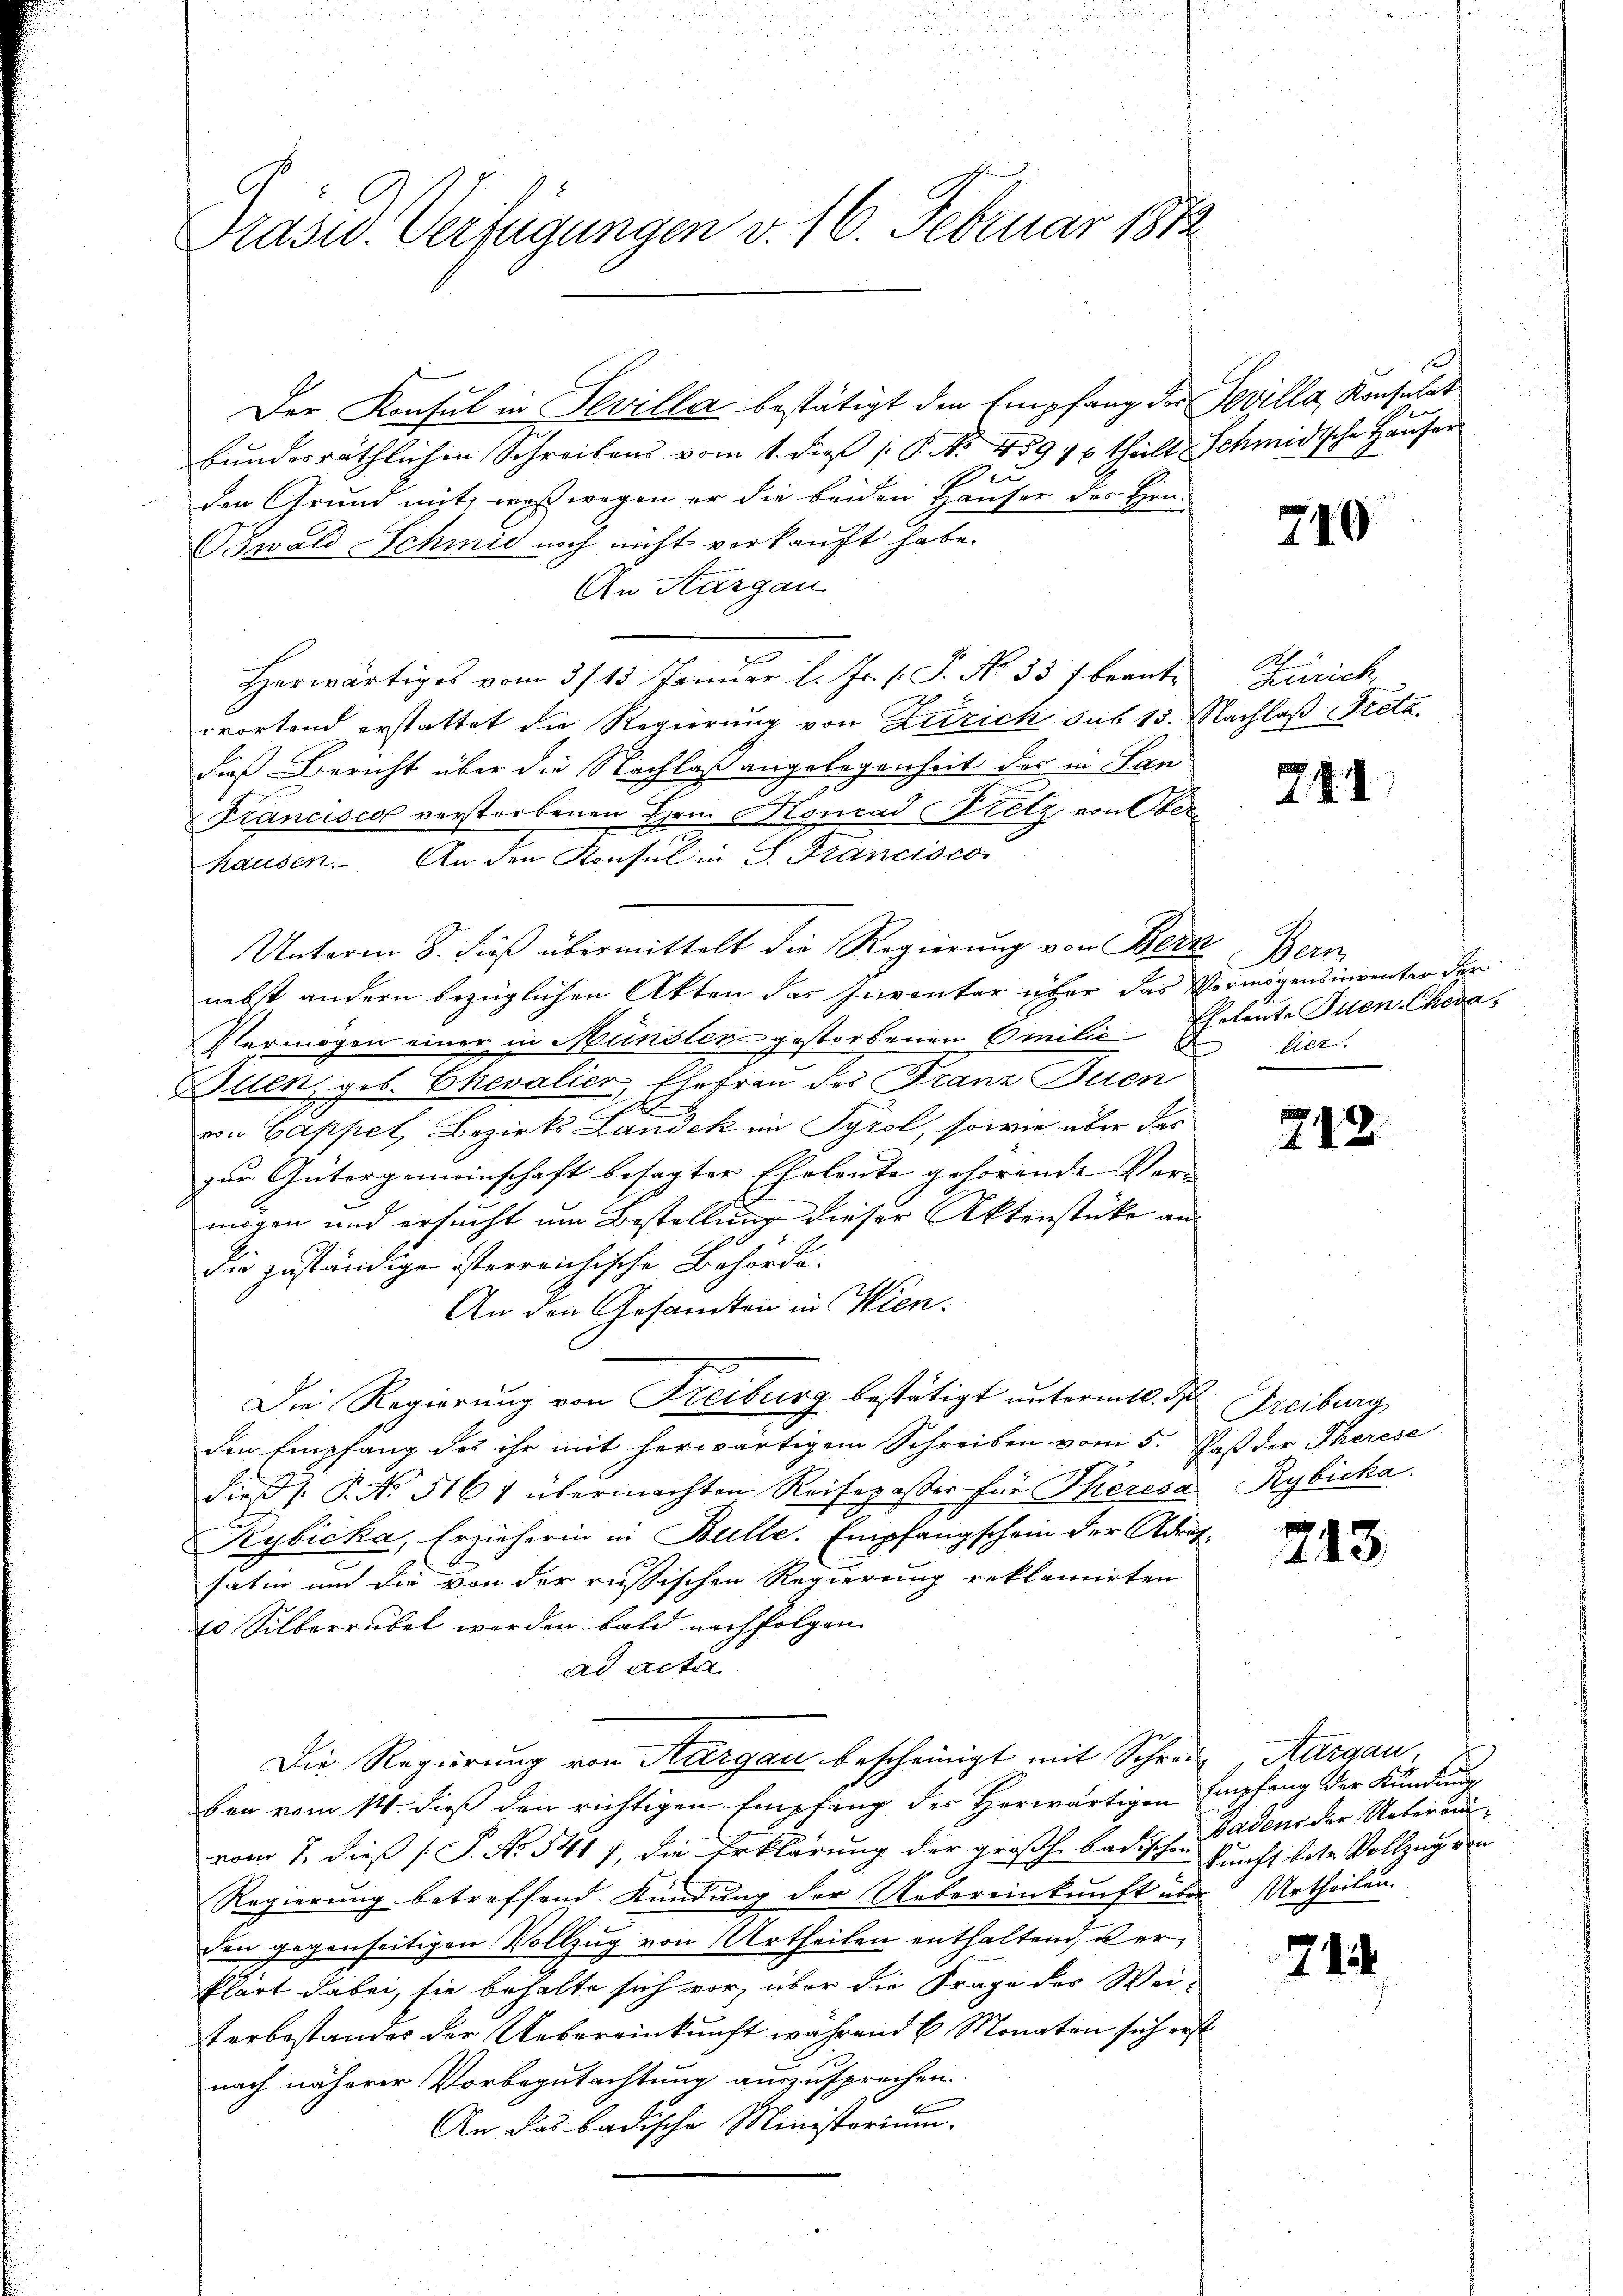
Präsid. Verfügungen v. 16. Februar 1812

Der Konsul in Sevilla bestätigt der Empfang der Bevilla, Konsulat
bŭndesräthlichen Schreibens vom 1. dieβ (: P. No. 459 16 theilt Schmidtsche Haŭser
den Grund mit, was wegen er die beiden Hauser des Hin¬
Swald Schmid noch nicht verkauft habe.
An Aargau
Herwärtiges vom 315. Januar l. Js. s. S. Nr. 357 beantwortend erstattet die Regierung von Zürich sub 15. Nachlaß Preta
dieß Bericht über die Nachlaß angelegenheit der in Lan¬
Franciscol verstorbenen Hrn. Konrad Bretz von Oberhausen. An den Konsul in S. Francisco
Unterm 8. dieß übermittelt die Regierung von Bern Bern
nebst andern bezüglichen Akten das Inventar über das Vermögensinventar der
Vermögen einer in Münstes gestorbenen Emilie Eheleute Inen Cheva¬
Blenz geb. Chevalier, Ehefrau der Franz Puen
von Cappel, Bezirks Landek im Tyrol, sowie über das
zur Gütergemeinschaft besagter Eheleute gehörende Ver-
mögen und ersucht um Bestellung dieser Aktenstücke an
die zuständige österreichische Behörde.
An den Gesandten in Wien.
Die Regierung von Freiburg bestätigt unterm 10. d. Freiburg
den Empfang des ihr mit herwärtigem Schreiben vom 5. Daß der Therese
diess. P. No 5164 übermachten Reisepasser für Theresa Rybicka
Kybicka, Erzieherin in Bulle. Empfangschein der Adres
satin und die von der russischen Regierung reklamirten
20 Silberrubel werden bald nachfolgen.
ad acta
Die Regierung von Aargau bescheinigt mit Schreiz, Aargau,
ben vom 14. dieß den richtigen Empfang des Herwärtigen
vom 7. dieß [S. No. 5417, die Erklärung der großh. badische Gadens der Ueber aus¬
Regierung betreffend Kündung der Uebereinkunft über Urtheilen.
in gegenseitigen Vollzug von Urtheilen enthaltend, u er¬
Phart dabei, sie behalte sich vor, über die Frage des Weiterbestandes der Uebereinkunft während 6 Monaten sich er
nach näherer Vorbegutachtung auszusprechen.
An das badische Ministerium.

f

749

Zürich,

281

Liez

212.

213

Empfang der Kündŭng
kunft betr. Vollzug von

71

i